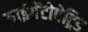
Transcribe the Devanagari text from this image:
जाईगेंटोपेट्रिड